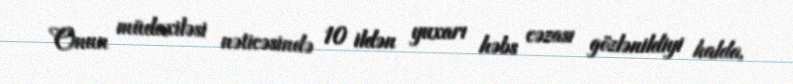
Onun müdaxiləsi nəticəsində 10 ildən yuxarı həbs cəzası gözlənildiyi halda,